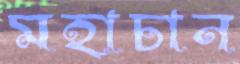
মহাচান